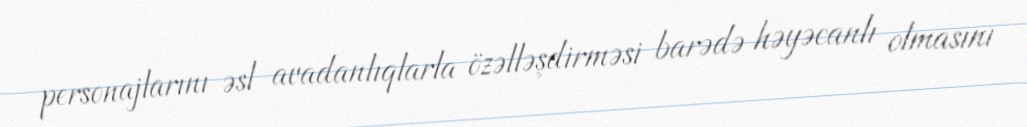
personajlarını əsl avadanlıqlarla özəlləşdirməsi barədə həyəcanlı olmasını